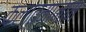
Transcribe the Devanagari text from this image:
कलात्मानाम